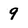
Character: 9